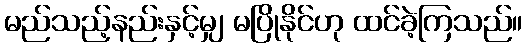
မည်သည့်နည်းနှင့်မျှ မပြိုနိုင်ဟု ထင်ခဲ့ကြသည်။